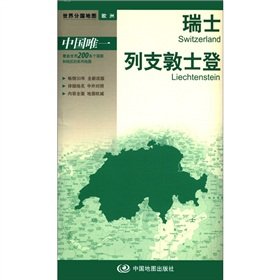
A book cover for The new version world divided country map Europe: Switzerland. Liechtenstein (boxed folding version)(Chinese Edition); ZHOU MIN; Travel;